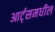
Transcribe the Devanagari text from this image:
आर्ट्‌समधील